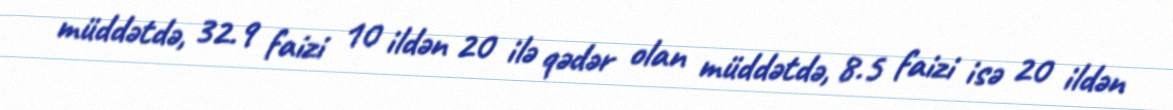
müddətdə, 32.9 faizi 10 ildən 20 ilə qədər olan müddətdə, 8.5 faizi isə 20 ildən